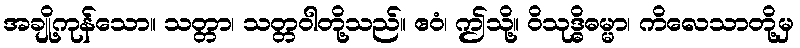
အချို့ကုန်သော။ သတ္တာ၊ သတ္တဝါတို့သည်။ ဧဝံ၊ ဤသို့။ ဝိသုဒ္ဓိဓမ္မာ၊ ကိလေသာတို့မှ